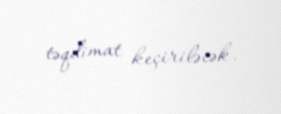
təqdimat keçiriləcək.